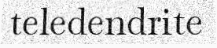
teledendrite